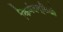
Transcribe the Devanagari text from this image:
किवंदन्तिओ